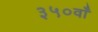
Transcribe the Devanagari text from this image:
३५०वाँ